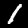
Digit: 1